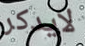
لايدكر